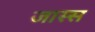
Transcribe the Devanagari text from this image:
जास्स